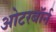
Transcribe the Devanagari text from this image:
ओटरबॉर्न